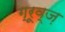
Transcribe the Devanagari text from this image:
ग्रूव्ज़